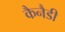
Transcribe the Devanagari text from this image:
कैनैडी